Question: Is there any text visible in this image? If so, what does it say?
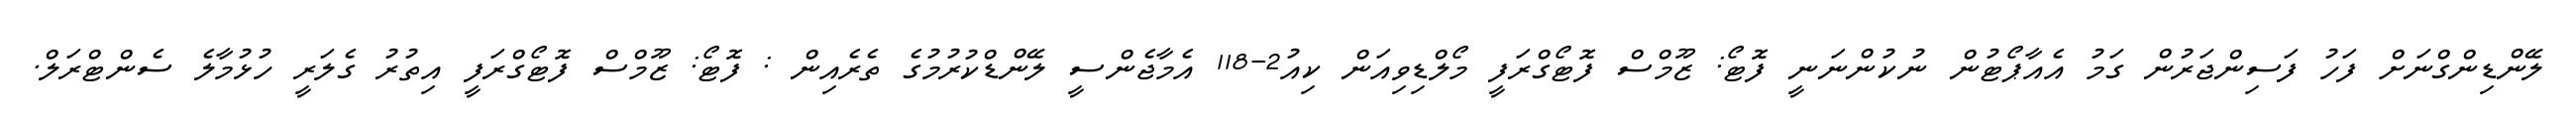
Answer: ލޭންޑިންގްނަށް ފަހު ފަސިންޖަރުން ގަމު އެއާޕޯޓުން ނުކުންނަނީ ފޮޓޯ: ޒޫމްސް ފޮޓޯގްރަފީ މޯލްޑިވިއަން ކިއު2-118 އެމާޖެންސީ ލޭންޑްކުރުމުގެ ތެރެއިން : ފޮޓޯ: ޒޫމްސް ފޮޓޯގްރަފީ އިތުރު ގެލަރީ ހުޅުމާލެ ސެންޓްރަލް.